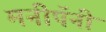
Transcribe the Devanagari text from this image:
मनीपॅनी